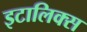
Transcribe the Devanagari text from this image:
इटालिक्स